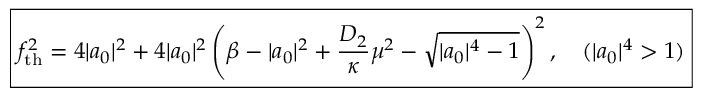
\begin{array} { r } { \boxed { f _ { \mathrm { t h } } ^ { 2 } = 4 | a _ { 0 } | ^ { 2 } + 4 | a _ { 0 } | ^ { 2 } \left( \beta - | a _ { 0 } | ^ { 2 } + \frac { D _ { 2 } } { \kappa } \mu ^ { 2 } - \sqrt { | a _ { 0 } | ^ { 4 } - 1 } \right) ^ { 2 } , \quad ( | a _ { 0 } | ^ { 4 } > 1 ) } } \end{array}